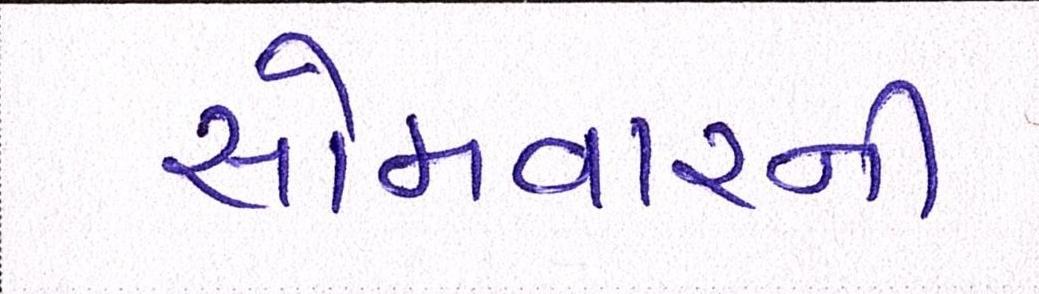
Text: સોમવારની